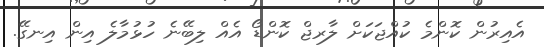
އެއިރުން ކޮންމެ ކުއްޖަކަށް ލާރޖް ކޮންޑޯ އެއް ލިބޭނެ ހުޅުމާލެ އިން އިނގޭ.